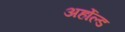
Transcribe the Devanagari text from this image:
अर्होल्ड